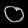
Digit: ၀